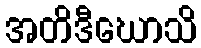
အတိဒီဃောသိ